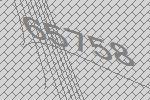
65758